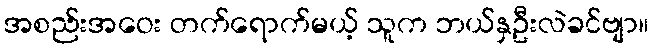
အစည်းအဝေး တက်ရောက်မယ့် သူက ဘယ်နှဦးလဲခင်ဗျာ။